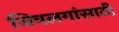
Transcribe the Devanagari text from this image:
जिवलगांसाठी